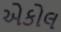
એકોલ